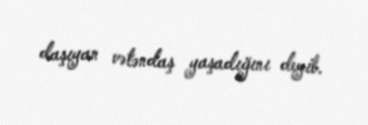
daşıyan vətəndaş yaşadığını deyib.